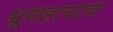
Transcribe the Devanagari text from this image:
भ्रूणहत्याच